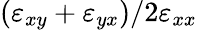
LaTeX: (\varepsilon_{xy}+\varepsilon_{yx})/2\varepsilon_{xx}